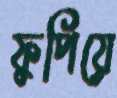
ফুপিয়ে